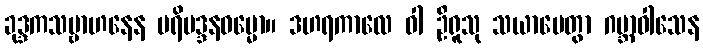
ခုဒ္ဒကသမ္ဗာဟနေန ပရိမဒ္ဒနဓမ္မော။ ဒဟရကာလေ ဝါ ဦရူသု သယာပေတွာ ဂဗ္ဘာဝါသေန